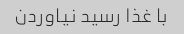
با غذا رسید نیاوردن